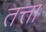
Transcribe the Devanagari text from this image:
तत्ता